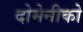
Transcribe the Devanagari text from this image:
दोमेनीको